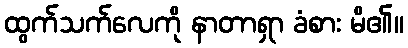
ထွက်သက်လေကို နာတာရှာ ခံစား မိ၏။